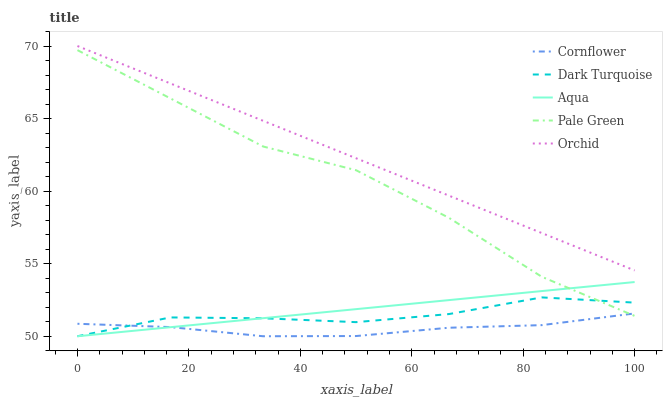
| xaxis_label | Cornflower | Dark Turquoise | Aqua | Pale Green | Orchid |
 | --- | --- | --- | --- | --- | --- |
 | 0 | 50.9 | 50 | 50 | 69.7 | 70 |
 | 16.7 | 50.6 | 51.3 | 50.6 | 66.4 | 67.4 |
 | 33.3 | 50 | 51.2 | 51.2 | 63.1 | 64.8 |
 | 50 | 50 | 51 | 51.9 | 61.4 | 62.3 |
 | 66.7 | 50.6 | 51.5 | 52.5 | 58.2 | 59.7 |
 | 83.3 | 50.8 | 52.7 | 53.1 | 54.1 | 57.1 |
 | 100 | 51.6 | 52.3 | 53.7 | 51.4 | 54.5 |